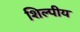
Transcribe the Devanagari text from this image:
शिल्पीय